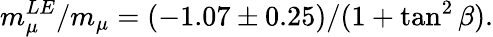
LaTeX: m_{\mu}^{LE}/m_{\mu}=(-1.07\pm 0.25)/(1+\tan^{2}\beta).